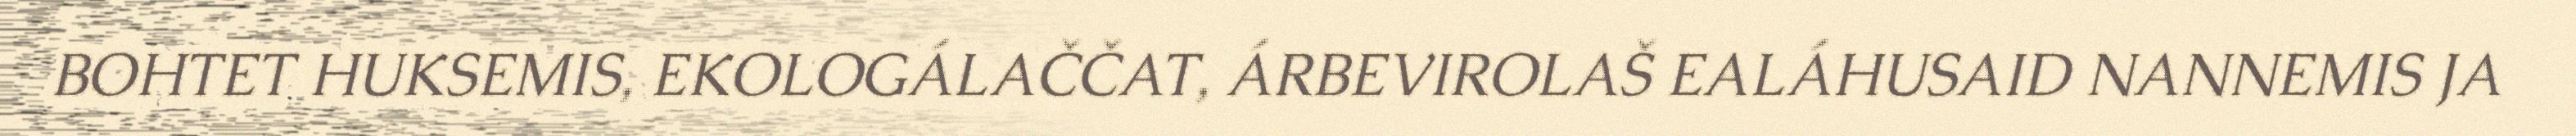
BOHTET HUKSEMIS, EKOLOGÁLAČČAT, ÁRBEVIROLAŠ EALÁHUSAID NANNEMIS JA